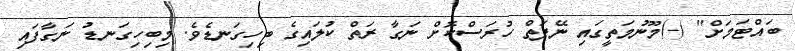
ބައްޓަމަށް" (-)މޫނުމަތީގައި ނޭފަތް ހުރަސްކޮށް ނަގާ ރަތް ކުލައިގެ ބިހިގަނޑެވެ. މިބިހިގަނޑު ނަގާފައި